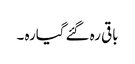
باقی رہ گئے گیارہ ۔